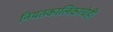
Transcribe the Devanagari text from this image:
नियतकालिकाचेही